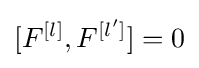
[F^{[l]},F^{[l']}]=0